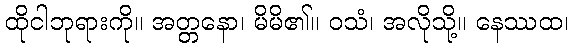
ထိုငါဘုရားကို။ အတ္တနော၊ မိမိ၏။ ဝသံ၊ အလိုသို့။ နေဿထ၊